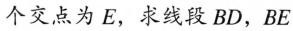
个交点为E，求线段BD，BE